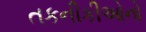
તકનીકીઓનો